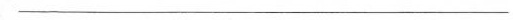
___